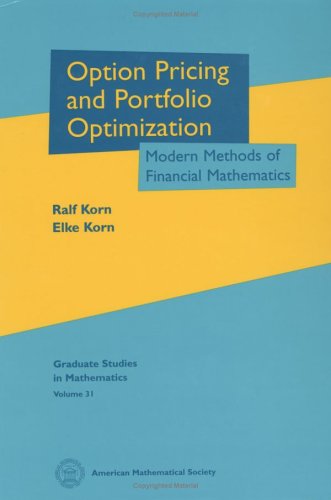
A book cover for Option Pricing and Portfolio Optimization: Modern Methods of Financial Mathematics (Graduate Studies in Mathematics); Ralf Korn; Business & Money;